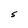
Character: S